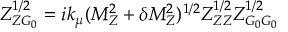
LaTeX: Z _ { Z G _ { 0 } } ^ { 1 / 2 } = i k _ { \mu } ( M _ { Z } ^ { 2 } + \delta M _ { Z } ^ { 2 } ) ^ { 1 / 2 } Z _ { Z Z } ^ { 1 / 2 } Z _ { G _ { 0 } G _ { 0 } } ^ { 1 / 2 }